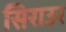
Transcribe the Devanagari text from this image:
सिराउर